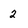
Character: 2